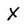
Character: X